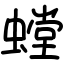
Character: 螳